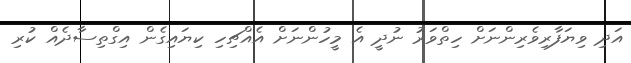
އަދި ވިޔަފާރިވެރިންނަށް ހިތްވަރު ނުދީ އެ މީހުންނަށް އެއްޗިހި ކިޔައިގެން އިގްތިސާދެއް ކުރި